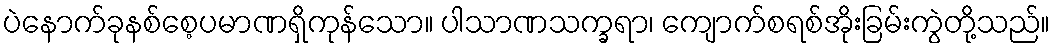
ပဲနောက်ခုနစ်စေ့ပမာဏရှိကုန်သော။ ပါသာဏသက္ခရာ၊ ကျောက်စရစ်အိုးခြမ်းကွဲတို့သည်။